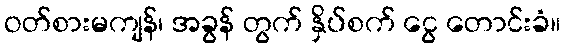
ဝတ်စားမကျန်၊ အခွန် တွက် နှိပ်စက် ငွေ တောင်းခံ။